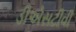
ડીએસટીવી